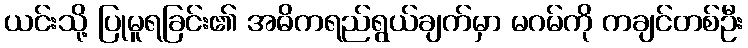
ယင်းသို့ ပြုမူရခြင်း၏ အဓိကရည်ရွယ်ချက်မှာ မဂမ်ကို ကချင်တစ်ဦး